Annual report on the mental hospital in the Central Provinces and Berar (Nagpur) - 1927-1951
Year: 1927
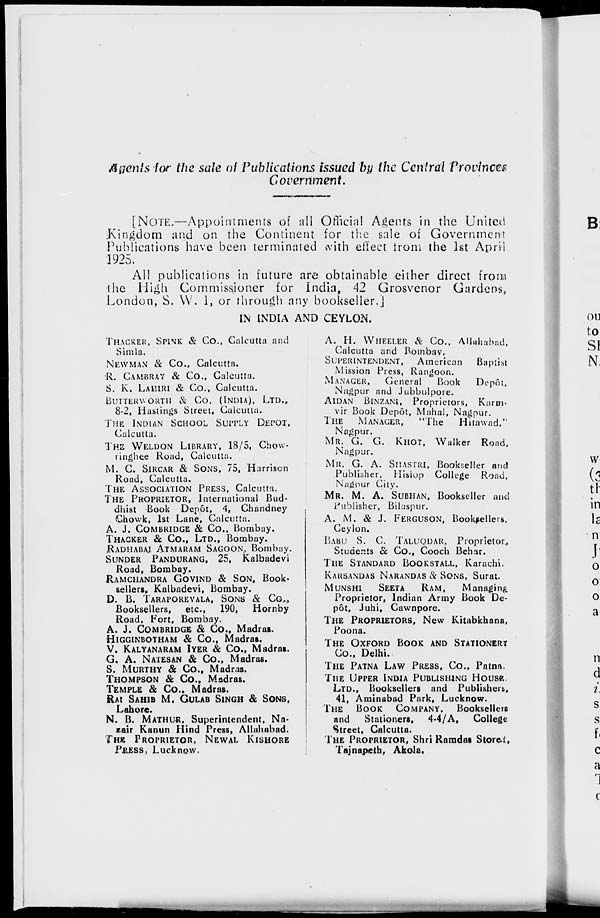
Agents for the sale of Publications issued by the Central Provinces
Government.
[NOTE.—Appointments of all Official Agents in the United
Kingdom and on the Continent for the sale of Government
Publications have been terminated with effect from the 1st April
1925.
All publications in future are obtainable either direct from
the High Commissioner for India, 42 Grosvenor Gardens,
London, S. W. 1 , or through any bookseller.]
IN INDIA AND CEYLON.
THACKER, SPINK & Co., Calcutta and
Simla.
NEWMAN & Co., Calcutta.
R. CAMBRAY & Co., Calcutta.
S. K. LAHIRI& Co., Calcutta.
BUTTERWORTH & Co. (INDIA), LTD.,
8-2, Hastings Street, Calcutta.
THE INDIAN SCHOOL SUPPLY DEPOT,
Calcutta.
THE WELDON LIBRARY, 18/5, Chow-
ringhee Road, Calcutta.
M. C. SIRCAR & SONS,75, Harrison
Road, Calcutta.
THE ASSOCIATION PRESS, Calcutta.
THE PROPRIETOR, International Bud-
dhist Book Depôt, 4, Chandney
Chowk, 1st Lane, Calcutta.
A. J. COMBRIDGE & Co., Bombay.
THACKER & Co.,LTD., Bombay.
RADHABAI ATMARAM SAGOON, Bombay.
SUNDER PANDURANG, 25, Kalbadevi
Road, Bombay.
RAMCHANDRA GOVIND & SON, Book-
sellers, Kalbadevi, Bombay.
D. B. TARAPOREVALA, SONS & C.,
Booksellers, etc., 190,
Hornby
Road, Fort, Bombay.
A. J. COMBRIDGE & Co., Madras.
HIGGINBOTHAM & Co., Madras.
V. KALYANARAM IYER & Co., Madras.
G. A. NATESAN & Co., Madras.
S. MURTHY & Co., Madras.
THOMPSON & Co., Madras.
TEMPLE & Co., Madras.
RAI SAHIB M. GULAB SINGH & SONS,
Lahore.
N. B. MATHUR, Superintendent, Na-
zair Kanun Hind Press, Allahabad.
THE PROPRIETOR, NEWAL KISHORE
PRESS,Lucknow.
A. H. WHEELER & CO.,Allahabad,
Calcutta and Bombay.
SUPERINTENDENT, American
Baptist
Mission Press, Rangoon.
MANAGER, General
Book
Depôt,
Nagpur and Jubbulpore.
AIDAN BINZANI, Proprietors, Karm-
vir Book Depôt, Mahal, Nagpur.
THE MANAGER, "The
Hitawad,"
Nagpur.
MR. G. G. KHOT, Walker Road,
Nagpur.
MR. G. A. SHASTRI, Bookseller and
Publisher, Hislop College Road.
Nagpur City.
MR. M. A. SUBHAN, Bookseller and
Publisher, Bilaspur.
A. M. & J. FERGUSON, Booksellers,
Ceylon,
BABU S. C. TALUQDAR, Proprietor,
Students & Co., Cooch Behar.
THE STANDARD BOOKSTALL, Karachi.
KARSANDAS NARANDAS & SONS, Surat.
MUNSHI SEETA RAM, Managing
Proprietor, Indian Army Book De-
pôt, Juhi, Cawnpore.
THE PROPRIETORS, New Kitabkhana,
Poona.
THE OXFORD BOOK AND STATIONERY
Co., Delhi.
THE PATNA LAW PRESS, CO., Patna.
THE UPPER INDIA PUBLISHING HOUSE.
LTD., Booksellers and Publishers,
41, Aminabad Park, Lucknow.
THE BOOK COMPANY, Booksellers
and
Stationers, 4-4/A,
College
Street, Calcutta.
THE PROPRIETOR, Shri Ramdas Stores,
Tajnapeth, Akola.